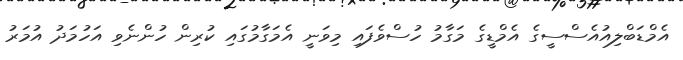
އެމްޑަބްލިއުއެސްސީގެ އެމްޑީގެ މަގާމު ހުސްވެފައި މިވަނީ އެމަގާމުގައި ކުރިން ހުންނެވި އަހުމަދު އުމަރު